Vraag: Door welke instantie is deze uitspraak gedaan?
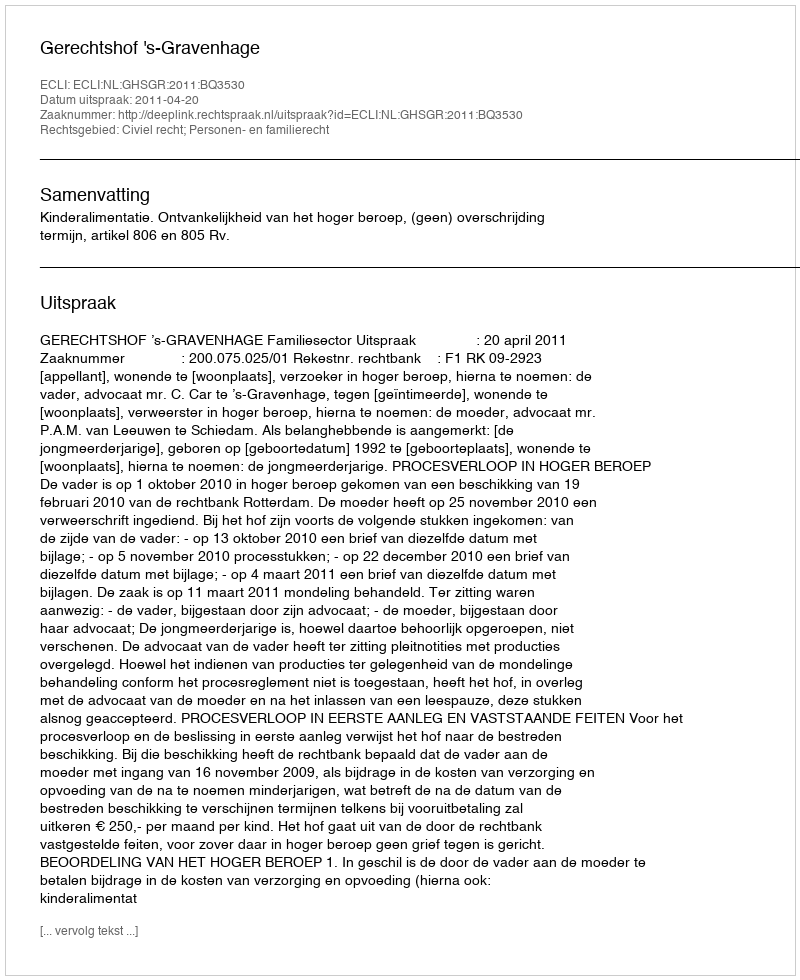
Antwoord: Gerechtshof 's-Gravenhage